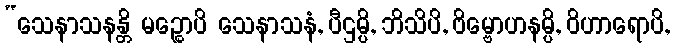
“သေနာသနန္တိ မဉ္စောပိ သေနာသနံ, ပီဌမ္ပိ, ဘိသိပိ, ဗိမ္ဗောဟနမ္ပိ, ဝိဟာရောပိ,